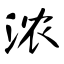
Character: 浓